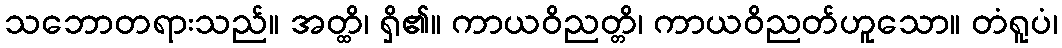
သဘောတရားသည်။ အတ္ထိ၊ ရှိ၏။ ကာယဝိညတ္တိ၊ ကာယဝိညတ်ဟူသော။ တံရူပံ၊